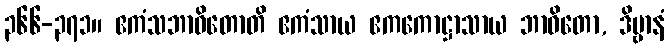
၃၆၆-၃၇၁။ ဧကံသဘာဝိတောတိ ဧကံသာယ ဧကကောဋ္ဌာသာယ ဘာဝိတော, ဒိဗ္ဗာနံ